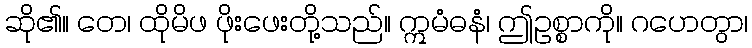
ဆို၏။ တေ၊ ထိုမိဖ ဖိုးဖေးတို့သည်။ ဣမံဓနံ၊ ဤဥစ္စာကို။ ဂဟေတွာ၊